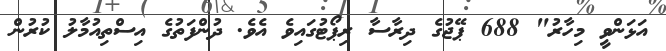
އަޅަންވީ މިހާރު" 688 ޕޭޖުގެ ދިރާސާ ރިޕޯޓުގައިވެ އެވެ. ދުންފަތުގެ އިސްތިއުމާލު ކުރުން